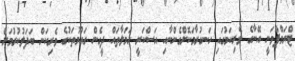
ޓްރަމްޕްވަނީ އޭނާގެ ވެރިކަމުގައި ހަނގުރާމަކޮށްގެންނާއި އަސްކަރީ ހަމަލާތައް ދީގެން ގައުމުތަކުގެ ވެރިކަން ބަދަލުކުރުމަށް